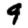
Digit: 9